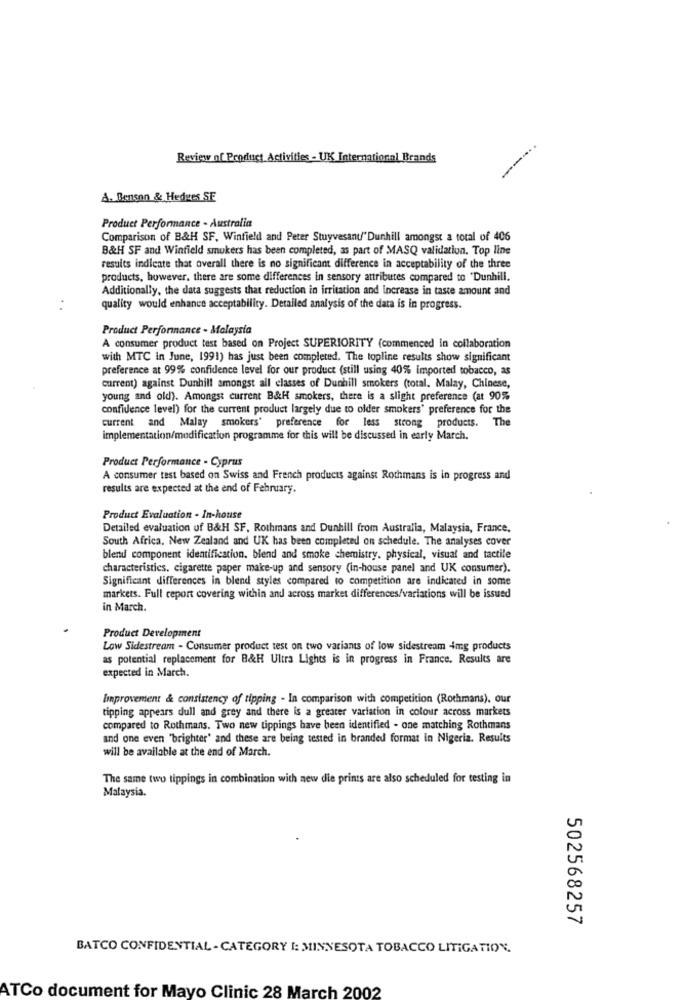
--...
Review of Product Activities - UK International Brands
A. Benson & Hedges SE
Product Performance - Australia
Comparison of B&H SF. Winfield and Peter Stuyvesant"Dunhill amongst a total of 406
B&H SF and Winfield smokers has been completed, as part of MASQ validation. Top line
results indiente that overall there is no significant difference in acceptability of the three
products, however, there are some differences in sensory attributes compared to 'Dunhill.
Additionally, the data suggests that reduction in irritation and increase in taste amount and
quality would enhance acceptability. Detailed analysis of the data is in progress.
Product Performance - Malaysia
A consumer product test based on Project SUPERIORITY (commenced In collaboration
with MTC in June, 1991) has just been completed. The topline results show significant
preference at 99% confidence level for our product (still using 40% imported tobacco, as
current) against Dunhill amongst all classes of Dunhill smokers (total. Malay, Chinese,
young and old). Amongst current B&H smokers, there is a slight preference (at 90%
confidence level) for the current product largely due to older smokers' preference for the
current and Malay smokers' preference for less strong products.
The
implementation/modification programme for this will be discussed in early March.
Product Performance - Cyprus
A consumer test based on Swiss and French products against Rothmans is in progress and
results are expected at the end of February.
Product Evaluation - In-house
Detailed evaluation of B&H SF. Rothmans and Dunhill from Australia, Malaysia, France,
South Africa, New Zealand and UK has been completed on schedule. The analyses cover
blend component identification. blend and smoke chemistry, physical, visual and tactile
characteristics. cigarette paper make-up and sensory (in-house panel and UK consumer).
Significant differences in blend styles compared to competition are indicated in some
markers. Full cepont covering within and across market differences/variations will be issued
in March.
Product Development
Low Sidestream - Consumer product test on two variants of low sidestream 4mg products
as potential replacement for B&H Ultra Lights is in progress in France. Results are
expected in March.
Improvement & consistency of tipping - In comparison with competition (Rothmans), our
tipping appears dull and grey and there is a greater variation in colour across markets
compared to Rothmans. Two new tippings have been identified - one matching Rothmans
and one even "brighter' and these are being tested in branded format in Nigeria. Results
will be available at the end of March.
The same two tippings in combination with new die prints are also scheduled for testing in
Malaysia.
502568257
BATCO CONFIDENTIAL - CATEGORY I: MINNESOTA TOBACCO LITIGATION.
ATCo document for Mayo Clinic 28 March 2002